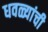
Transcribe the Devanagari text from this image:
धवळ्यांची